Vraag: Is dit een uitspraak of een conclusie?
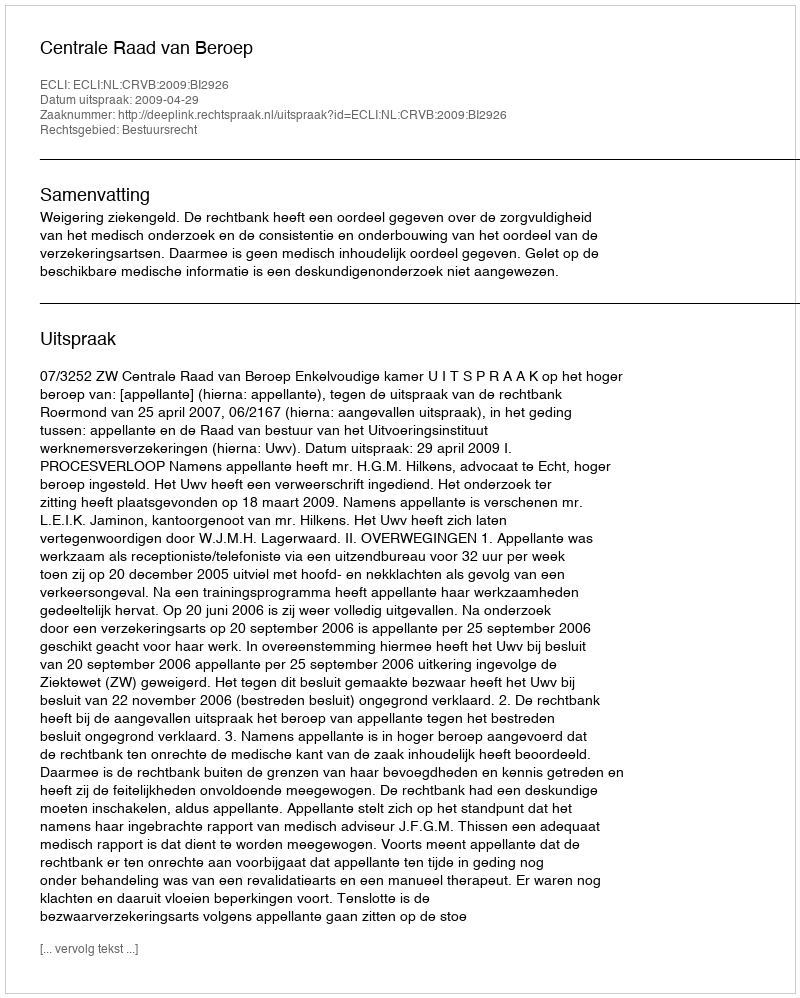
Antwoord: Uitspraak